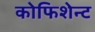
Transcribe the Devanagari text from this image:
कोफिशेन्ट